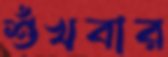
শুঁখবার